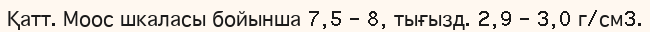
Қатт. Моос шкаласы бойынша 7,5 – 8, тығызд. 2,9 – 3,0 г/см3.